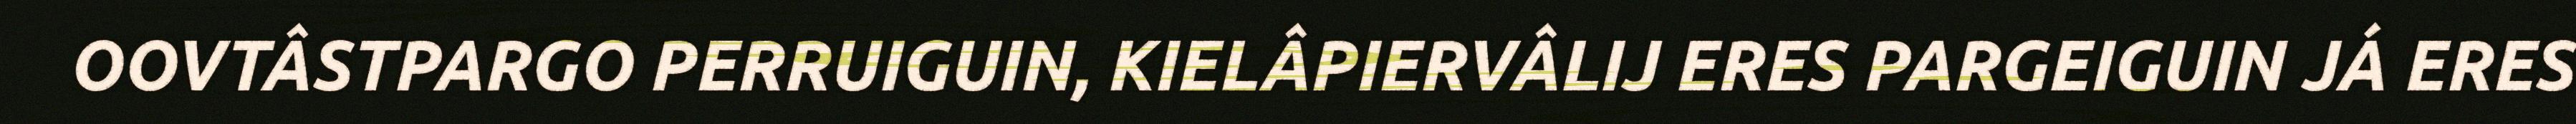
OOVTÂSTPARGO PERRUIGUIN, KIELÂPIERVÂLIJ ERES PARGEIGUIN JÁ ERES